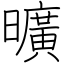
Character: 曠